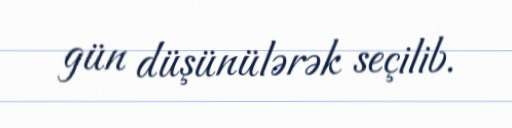
gün düşünülərək seçilib.